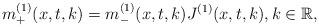
LaTeX: \begin{align*} m^{(1)}_{+}(x,t,k)=m^{(1)}_{-}(x,t,k)J^{(1)}(x,t,k), k\in\mathbb{R}, \end{align*}